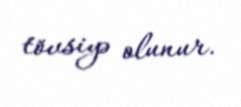
tövsiyə olunur.